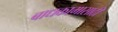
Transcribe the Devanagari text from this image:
बाधकामासाठी